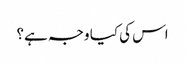
اس کی کیا وجہ ہے؟